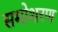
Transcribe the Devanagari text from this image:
समोशरण